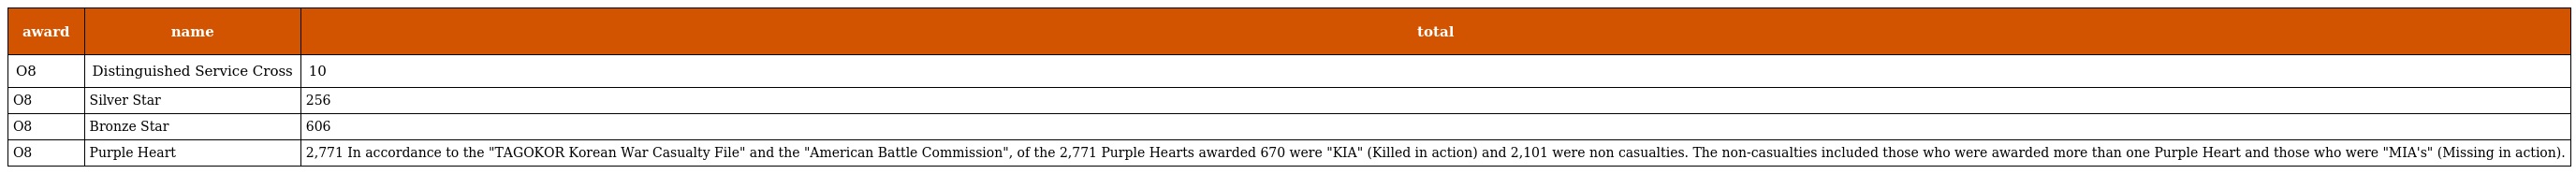
| award | name | total |
 | --- | --- | --- |
 | O8 | Distinguished Service Cross | 10 |
 | O8 | Silver Star | 256 |
 | O8 | Bronze Star | 606 |
 | O8 | Purple Heart | 2,771 In accordance to the "TAGOKOR Korean War Casualty File" and the "American Battle Commission", of the 2,771 Purple Hearts awarded 670 were "KIA" (Killed in action) and 2,101 were non casualties. The non-casualties included those who were awarded more than one Purple Heart and those who were "MIA's" (Missing in action). |